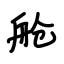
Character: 舱